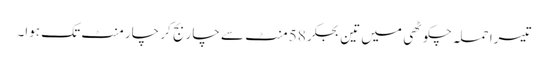
تیسرا حملہ چکوٹھی میں تین بجکر 58 منٹ سے چار بج کر چار منٹ تک ہوا۔